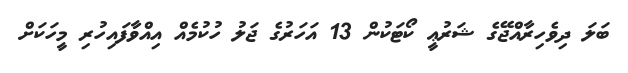
ބަލަ ދިވެހިރާއްޖޭގެ ޝަރުޢީ ކޯޓަކުން 13 އަހަރުގެ ޖަލު ހުކުމެއް އިއްވާފައިހުރި މީހަކަށް